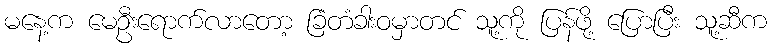
မနေ့က မေဦးရောက်လာတော့ ခြံတံခါးဝမှာတင် သူ့ကို ပြန်ဖို့ ပြောပြီး သူ့ဆီက